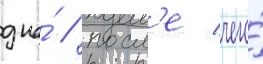
дна́ / посл'е чего́